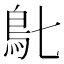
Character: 𩾙